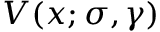
V ( x ; \sigma , \gamma )